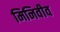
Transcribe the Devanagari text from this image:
मिनिवीव